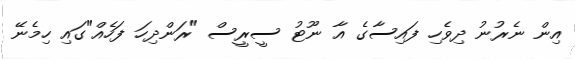
އިން ނެރުނު ދިވެހި ފައިސާގެ އާ ނޫޓު ސީރީސް "ރަންދިހަ ފަހެއް"ގައި ހިމެނޭ